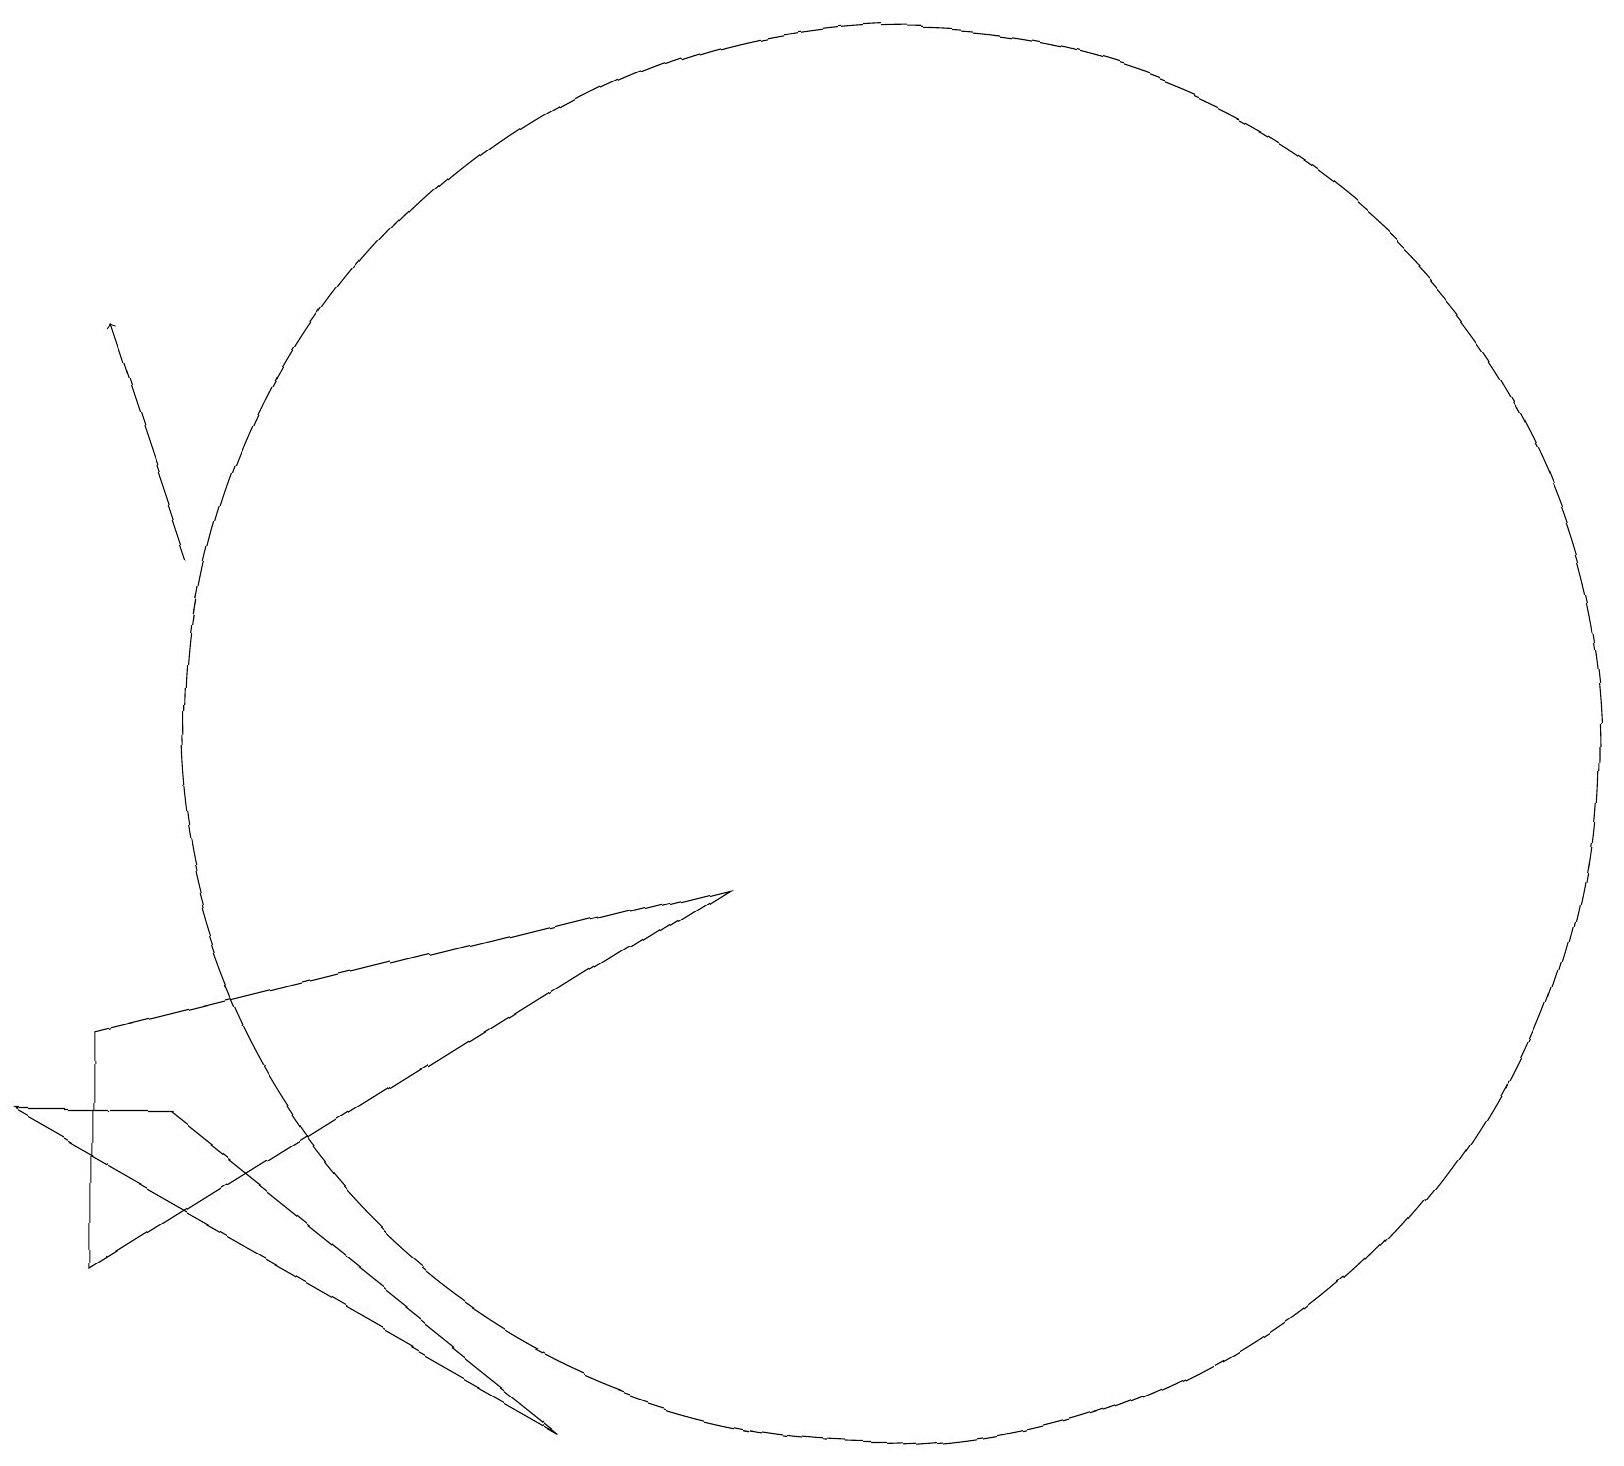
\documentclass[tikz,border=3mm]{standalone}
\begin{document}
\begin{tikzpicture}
\draw (11,11) circle (9);
\draw[->] (2,13) -- (1,16);
\draw (1,7) -- (1,4) -- (9,9) -- cycle;
\draw (7,2) -- (0,6) -- (2,6) -- cycle;
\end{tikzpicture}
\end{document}